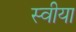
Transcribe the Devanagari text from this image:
स्वीया